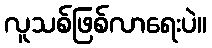
လူသစ်ဖြစ်လာရေးပဲ။